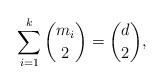
LaTeX: \begin{align*} \sum_{i=1}^{k} \binom{m_{i}}{2}=\binom{d}{2},\end{align*}